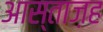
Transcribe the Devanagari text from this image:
आस्ताज़ह